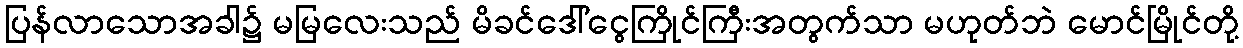
ပြန်လာသောအခါ၌ မမြလေးသည် မိခင်ဒေါ်ငွေကြိုင်ကြီးအတွက်သာ မဟုတ်ဘဲ မောင်မြိုင်တို့